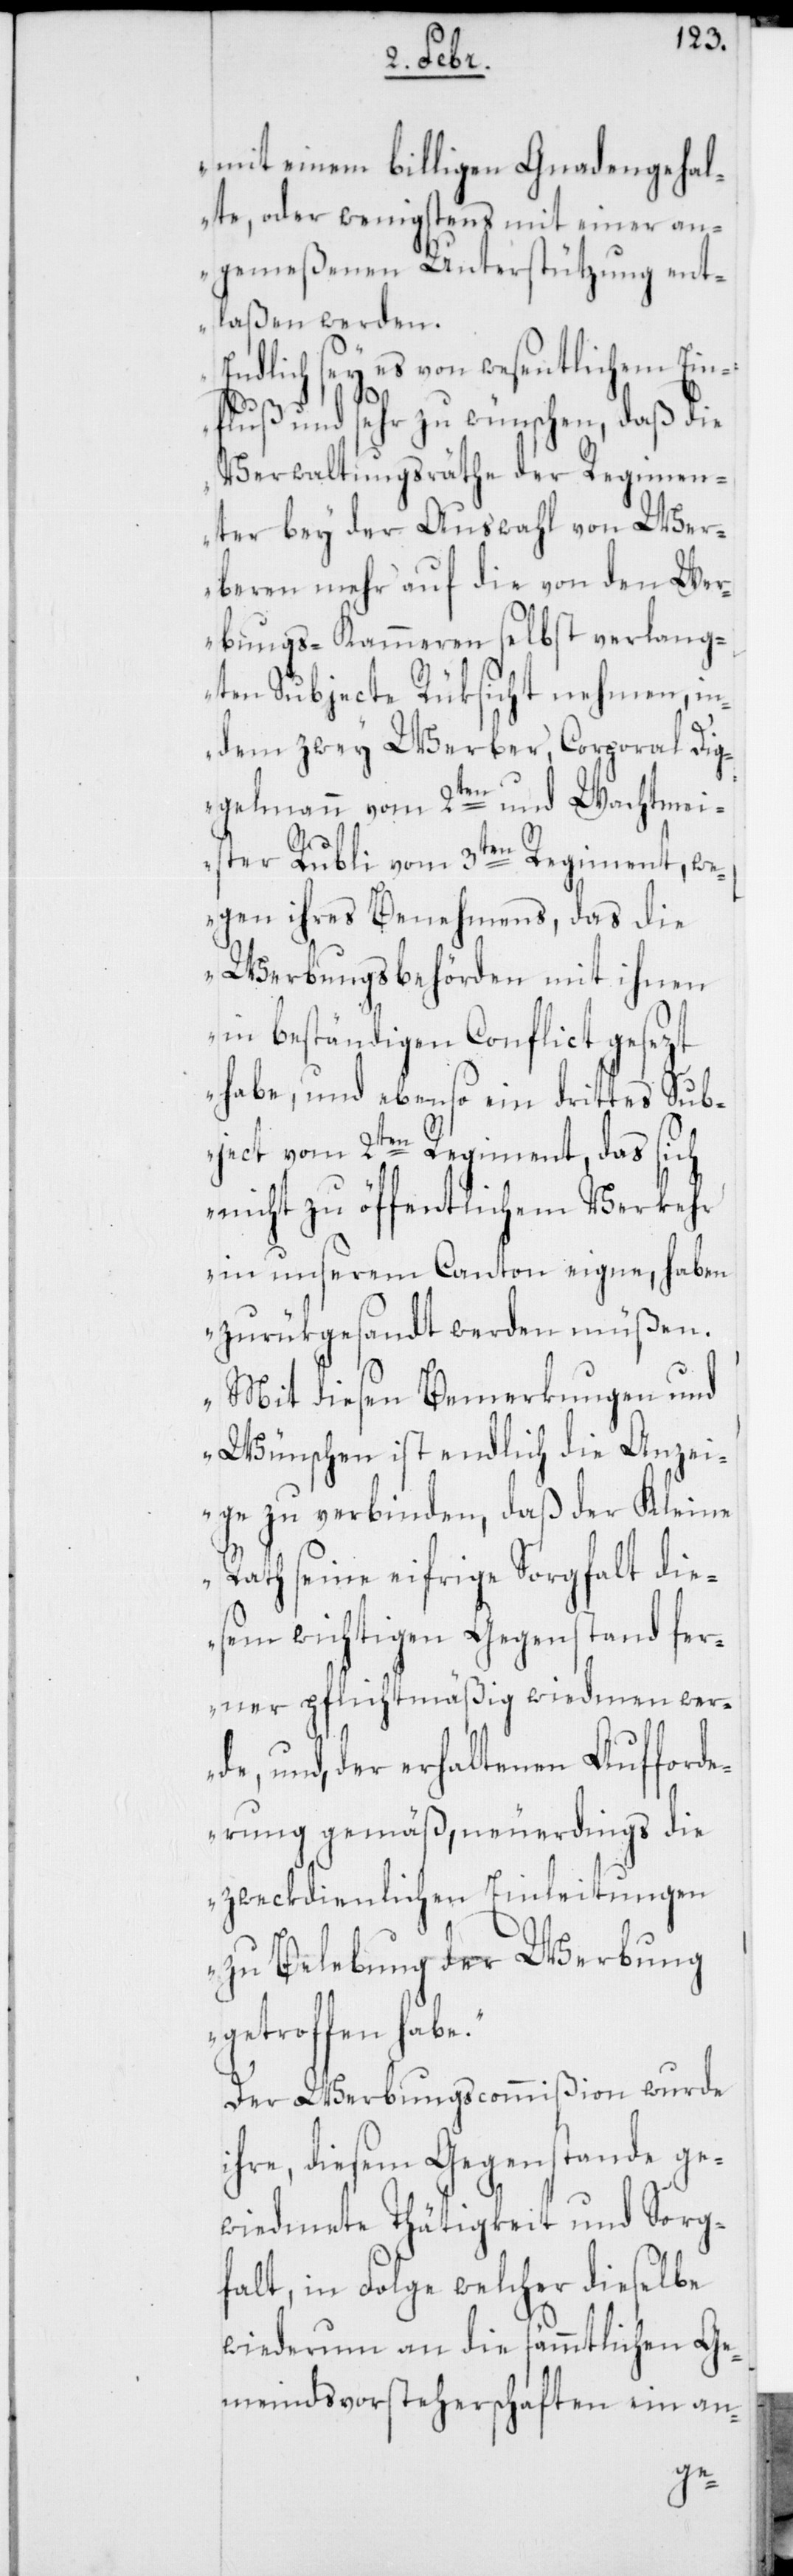
mit einem billigen Gnadengehal¬
te, oder wenigstens mit einer an¬
gemeßenen Unterstützung ent¬
laßen werden.
Endlich sey es von wesentlichem Ein¬
fluß und sehr zu wünschen, daß die
Verwaltungsräthe der Regimen¬
ter bey der Auswahl von Wer¬
beren mehr auf die von den Wer¬
bungs-Kammeren selbst verlang¬
ten Subjecte Rüksicht nehmen, in¬
dem zwey Werber, Corporal Dig¬
gelmann vom 2ten und Wachtmei¬
ster Rubli vom 3ten Regiment, w¬
egen ihres Benehmens, das die
Werbungsbehörden mit ihnen
in beständigen Conflict gesetzt
habe, und ebenso ein drittes Sub¬
ject vom 2ten Regiment, das sich
nicht zu öffentlichem Verkehr
in unserem Canton eigne, haben
zurükgesandt werden müßen.
Mit diesen Bemerkungen und
Wünschen ist endlich die Anzei¬
ge zu verbinden, daß der Kleine
Rath seine eifrige Sorgfalt die¬
sem wichtigen Gegenstand fer¬
ner pflichtmäßig widmen wer¬
de, und, der erhaltenen Aufford¬
erung gemäß, neuerdings die
zweckdienlichen Einleitungen
zu Belebung der Werbung
getroffen habe.“
Der Werbungscommißion wurde
ihre, diesem Gegenstande ge¬
widmete Thätigkeit und Sorg¬
falt, in Folge welcher dieselbe
wiederum an die sämmtlichen Ge¬
meindsvorsteherschaften ein an-